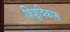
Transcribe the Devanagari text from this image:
शिशुविकास